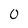
Character: 0